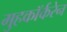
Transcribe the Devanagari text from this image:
मुहकॉर्करेन